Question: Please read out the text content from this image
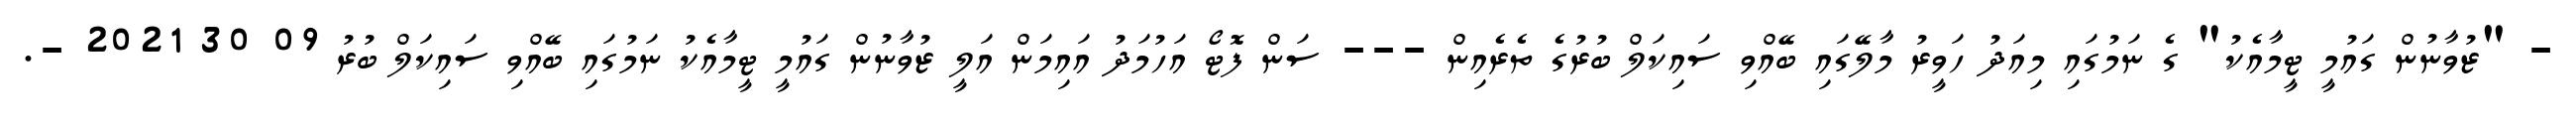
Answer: - "ޒުވާނުން ގައުމީ ޓީމާއެކު" ގެ ނަމުގައި މިއަދު ހަވީރު މާލޭގައި ބޭއްވި ސައިކަލް ބުރުގެ ތެރެއިން --- ސަން ފޮޓޯ އަހުމަދު އައިމަން އަލީ ޒުވާނުން ގައުމީ ޓީމާއެކު ނަމުގައި ބޭއްވި ސައިކަލް ބުރު 09 30 2021 -.